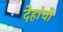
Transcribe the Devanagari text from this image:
देहांची